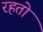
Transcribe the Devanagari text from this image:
रहतो